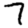
Digit: 7